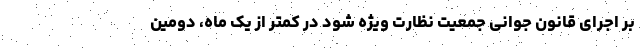
بر اجرای قانون جوانی جمعیت نظارت ویژه شود در کمتر از یک ماه، دومین